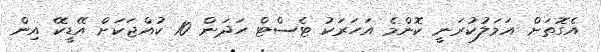
އެގޮތަށް އަމަލުކުރަނީ ކޮންމެ އަހަރަކު ޓެސްޓް ހަދަން 10 ކުއްޖަކަށް އޭޑީކޭ އިން